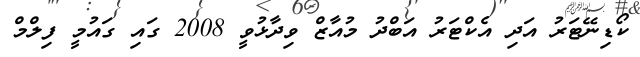
ކޯޑިނޭޓަރު އަދި އެކްޓަރު އަބްދު މުއާޒް ވިދާޅުވީ 2008 ގައި ގައުމީ ފިލްމް